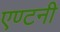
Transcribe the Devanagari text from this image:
एण्टनी